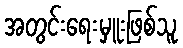
အတွင်းရေးမှူးဖြစ်သူ